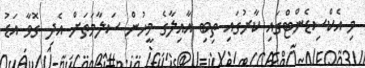
މި އެކްސިޑެންޓްގައި ކާރުގައި ތިބި އާއިލާގެ މީހުން ސަލާމަތަށް އެދި ގޮވާ އަޑު